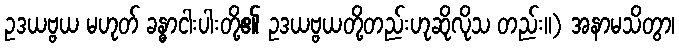
ဥဒယဗ္ဗယ မဟုတ် ခန္ဓာငါးပါးတို့၏ ဥဒယဗ္ဗယတို့တည်းဟုဆိုလိုသ တည်း။) အနာမသိတွာ၊